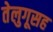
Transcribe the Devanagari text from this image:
तेलुगूसह